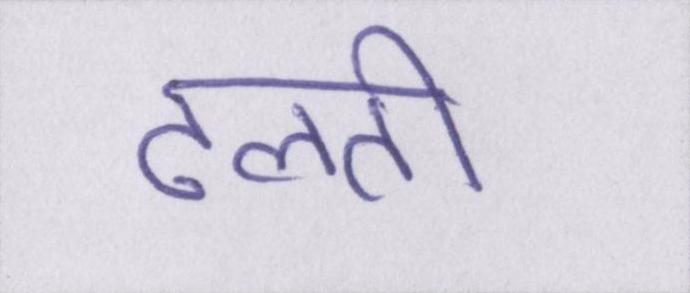
ढलती